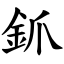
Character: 釽